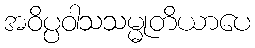
အဝိပ္ပဝါသသမ္မုတိယာပေ